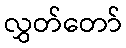
လွှတ်တော်